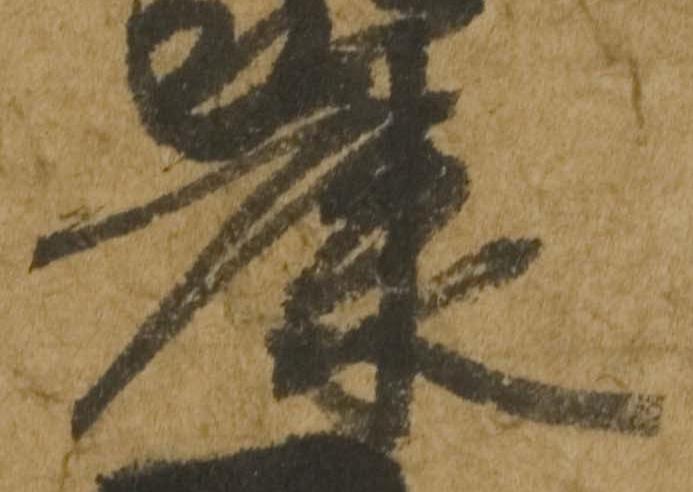
康